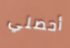
أحصلي